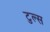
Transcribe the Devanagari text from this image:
टुल्स